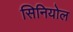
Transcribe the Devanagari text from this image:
सिनियोल